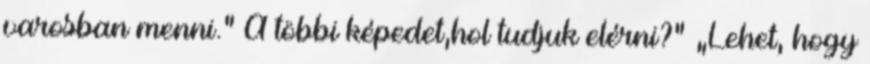
varosban menni.” A többi képedet,hol tudjuk elérni?” „Lehet, hogy